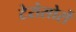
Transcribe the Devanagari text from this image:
टेरोसोरों